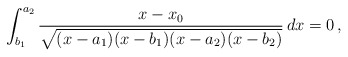
\begin{align*}\int_{b_1}^{a_2}\frac{x-x_0}{\sqrt{(x-a_1)(x-b_1)(x-a_2)(x-b_2)}}\,dx=0\,,\end{align*}